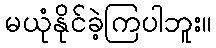
မယုံနိုင်ခဲ့ကြပါဘူး။